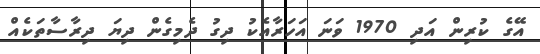
އޭގެ ކުރިން އަދި 1970 ވަނަ އަހަރާއެކު ދިގު ދެމިގެން ދިޔަ ދިރާސާތަކެއް